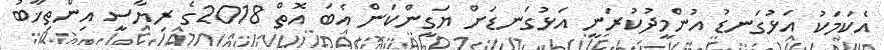
އެކަމަކު އަޅުގަނޑު އުންމީދުކުރަނީ އަޅުގަނޑަށް ޔަގީންކަން އެބަ އޮތް 2018ގެ ރިޔާސީ އިންތިޚާބު